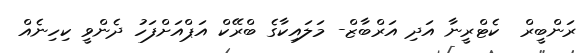
ރަންބީރް  ކެޓްރީނާ އަދި އަރްބާޒް- މަލައިކާގެ ބްރޭކް އަޕްއަށްފަހު ދެންވީ ކިހިނެއް